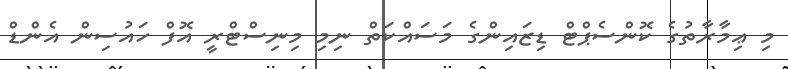
މި ޢިމާރާތުގެ ކޮންސެޕްޓް ޑިޒައިންގެ މަސައްކަތް ނިމި މިނިސްޓްރީ އޮފް ހައުސިން އެންޑް